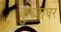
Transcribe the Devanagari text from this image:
कुब्जाघर